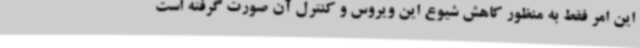
این امر فقط به منظور کاهش شیوع این ویروس و کنترل آن صورت گرفته است